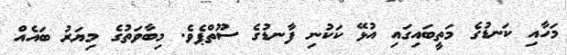
މަހާއި ކަނޑުގެ މަތީބައިގައި އުޅޭ ކަކުނި ފާނޑުގެ ސޫތްޕެވެ. މިބާވަތުގެ މިޔަރު ބައެއް